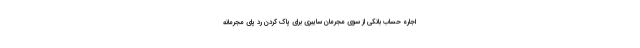
اجاره حساب بانکی از سوی مجرمان سایبری برای پاک کردن رد پای مجرمانه